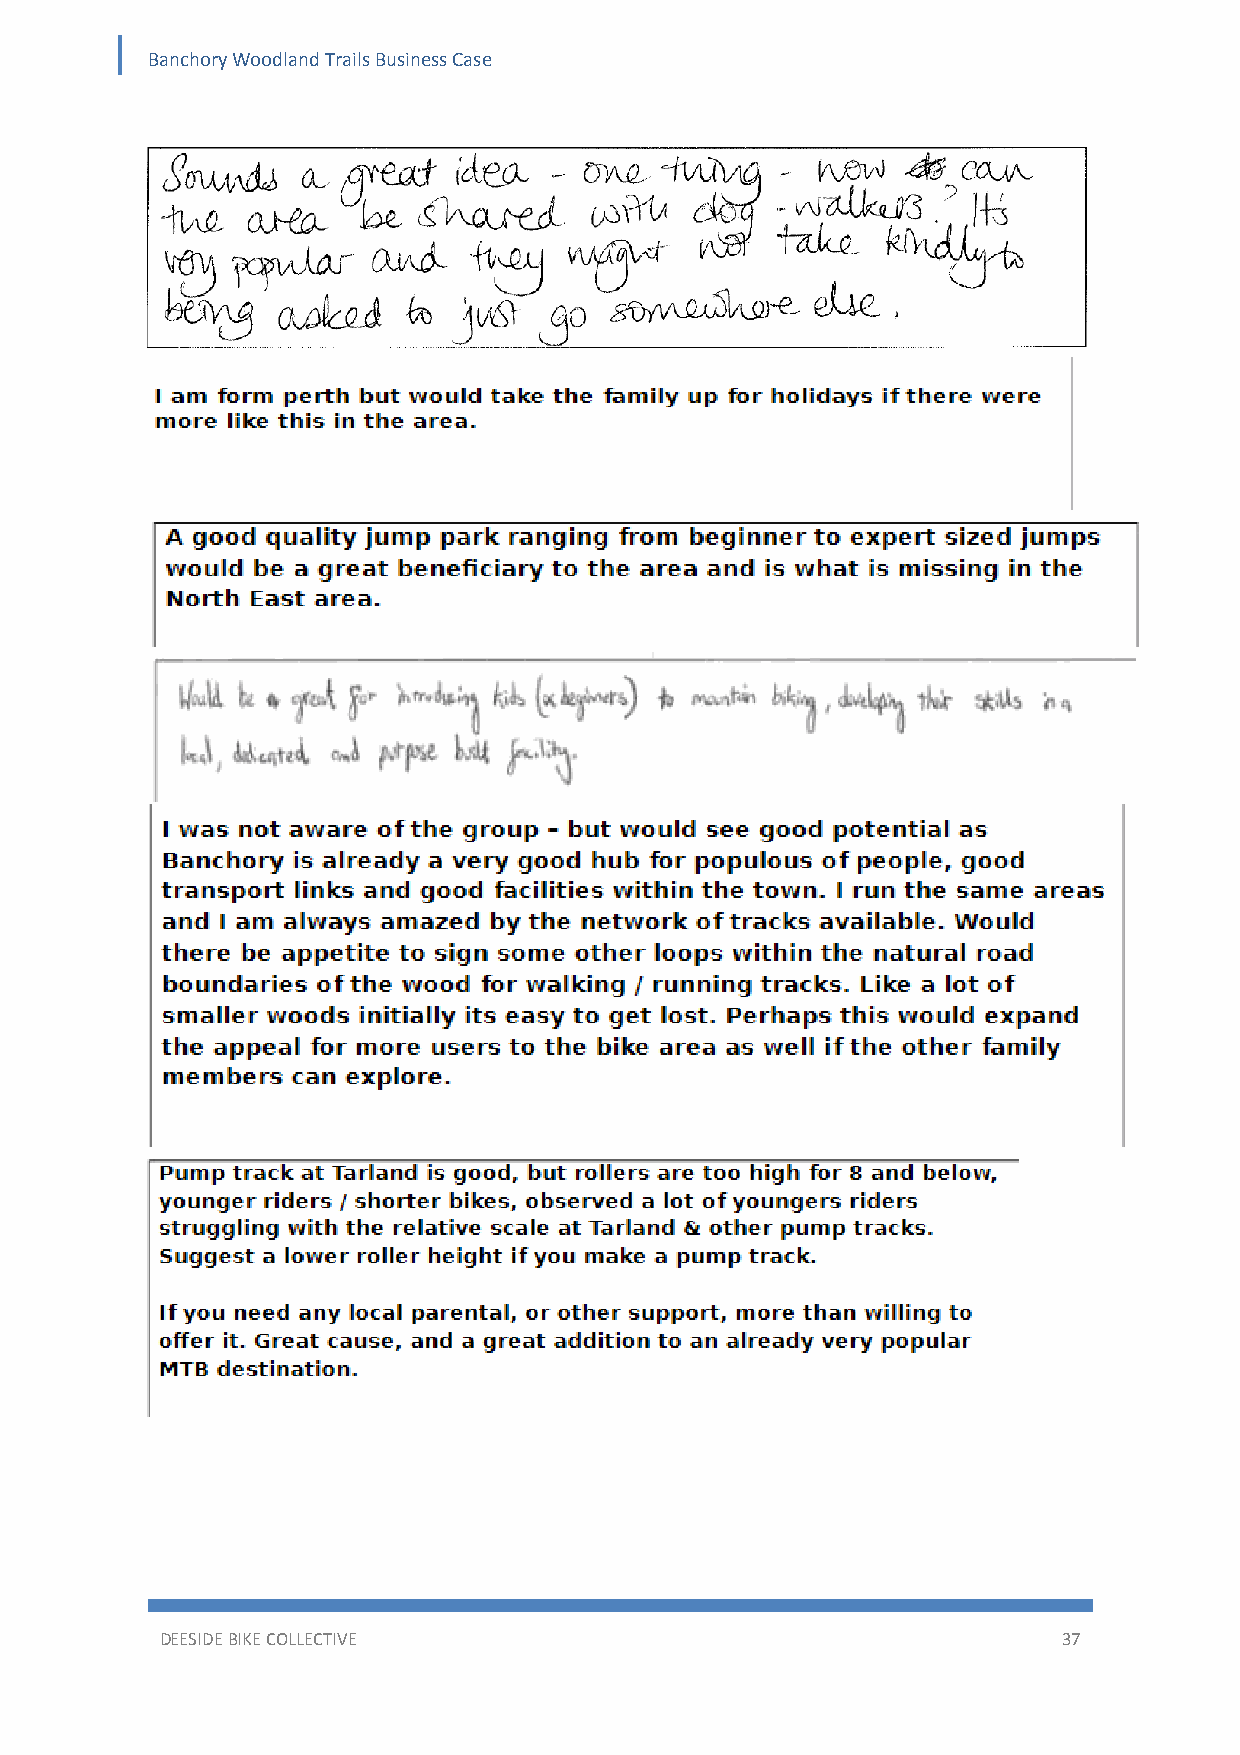
Banchory Woodland Trails Business Case
 DEESIDE BIKE COLLECTIVE                                    37